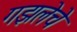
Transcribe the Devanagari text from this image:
गझलेचे